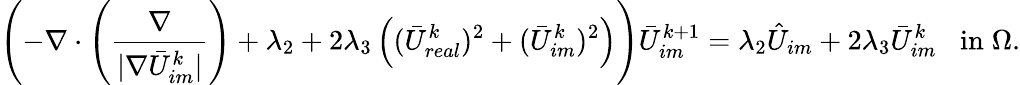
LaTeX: \left(-\nabla\cdot\left(\frac{\nabla}{|\nabla\bar{U}_{im}^{k}|}\right)+\lambda_{2}+2\lambda_{3}\left((\bar{U}_{real}^{k})^{2}+(\bar{U}_{im}^{k})^{2}\right)\right)\bar{U}_{im}^{k+1}=\lambda_{2}\hat{U}_{im}+2\lambda_{3}\bar{U}_{im}^{k}\; \; \; \mathrm{in}\; \Omega.